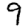
Digit: 9